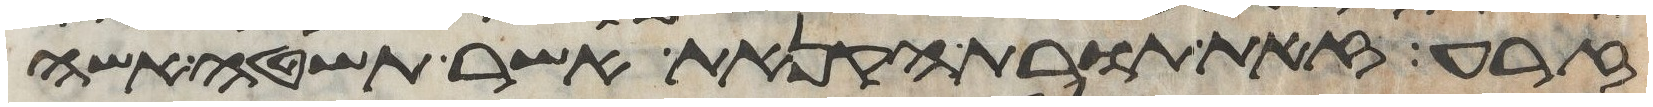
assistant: זרע זאת תורת הקנאת אשר תשטה אשה